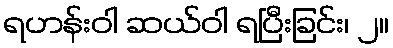
ရဟန်းဝါ ဆယ်ဝါ ရပြီးခြင်း၊ ၂။